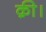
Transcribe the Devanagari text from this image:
क़ी।